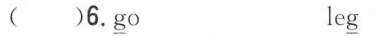
( )6.\underline{g}o le\underline{g}